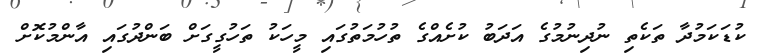
ކުޑަކަމުދާ ތަކެތި ނުދިނުމުގެ އަދަބު ކުށެއްގެ ތުހުމަތުގައި މީހަކު ތަހުގީގަށް ބަންދުގައި އާންމުކޮށް